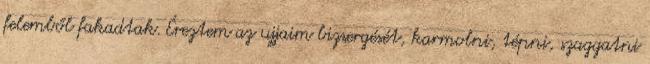
felemből fakadtak. Éreztem az ujjaim bizsergését, karmolni, tépni, szaggatni